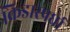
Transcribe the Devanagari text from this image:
क्रिडास्पर्धा